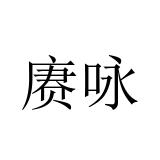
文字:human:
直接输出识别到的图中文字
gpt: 赓咏